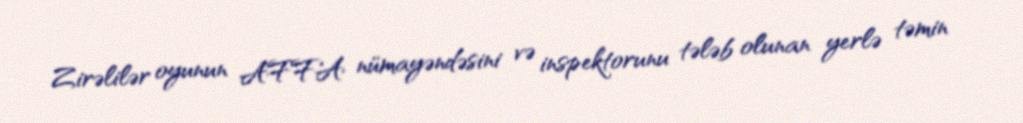
Zirəlilər oyunun AFFA nümayəndəsini və inspektorunu tələb olunan yerlə təmin